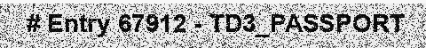
# Entry 67912 - TD3_PASSPORT